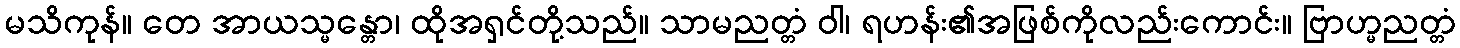
မသိကုန်။ တေ အာယသ္မန္တော၊ ထိုအရှင်တို့သည်။ သာမညတ္တံ ဝါ၊ ရဟန်း၏အဖြစ်ကိုလည်းကောင်း။ ဗြာဟ္မညတ္တံ